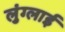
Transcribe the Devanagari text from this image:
लुंग्लाई